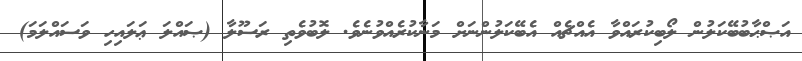
އަޞްޙާބުބޭކަލުން ލޯބިކުރައްވާ އެއްޗެއް އެބޭކަލުންނަށް މަނާކުރެއްވުނެވެ. ލޮބުވެތި ރަސޫލާ (ޞައްލަ ޢަލައިހި ވަސައްލަމަ)